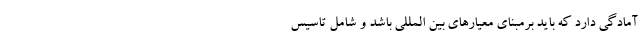
آمادگی دارد که باید برمبنای معیارهای بین المللی باشد و شامل تاسیس